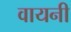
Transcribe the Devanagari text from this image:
वायनी